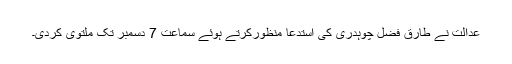
عدالت نے طارق فضل چوہدری کی استدعا منظورکرتے ہوئے سماعت 7 دسمبر تک ملتوی کردی۔